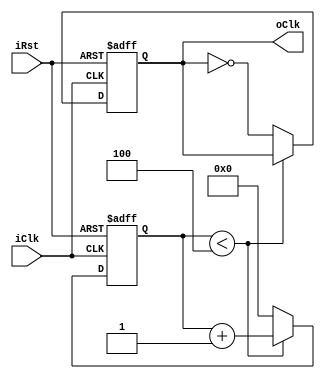
module divide_10
(
	iClk,
	iRst,
	oClk
);

input wire iClk, iRst;
output reg oClk = 1'b0;
reg [4:0] counter = 5'h0;

always @(posedge iClk or negedge iRst) begin
	
	if (~iRst) begin
		counter <= 5'b0;
		oClk <= 1'b0;
	end
	else if (counter < 5'd4) begin
		counter <= counter + 5'b1;
	end
	else begin
		oClk = ~oClk;
		counter <= 5'b0;
	end
end

endmodule